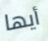
أيها